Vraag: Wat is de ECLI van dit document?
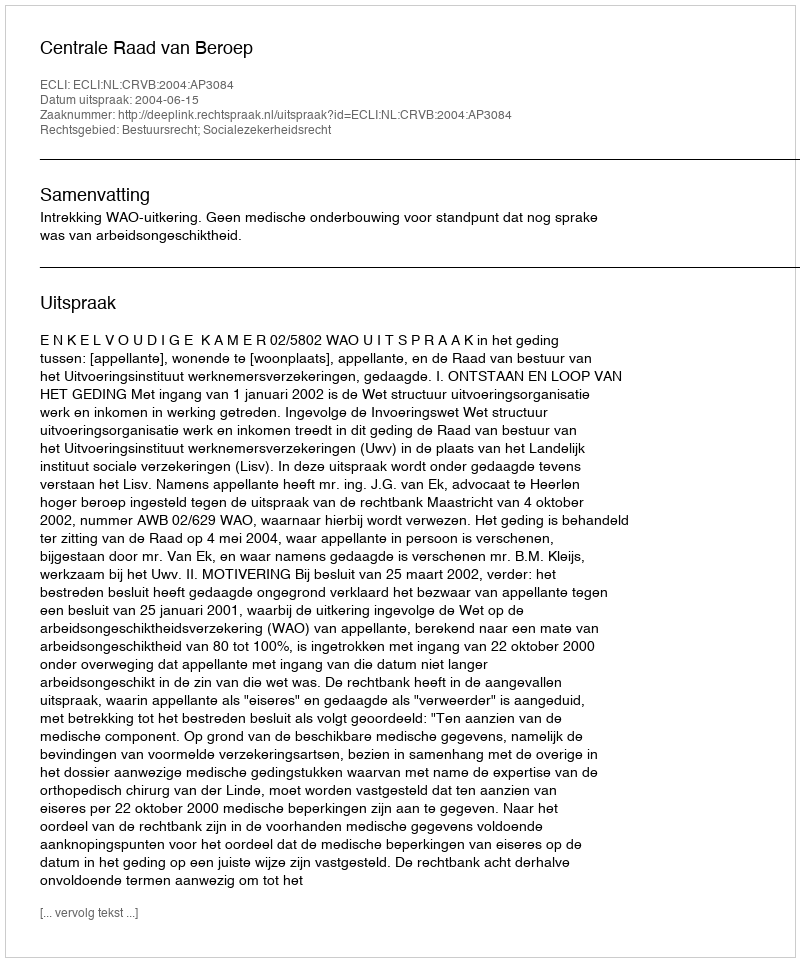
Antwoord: ECLI:NL:CRVB:2004:AP3084